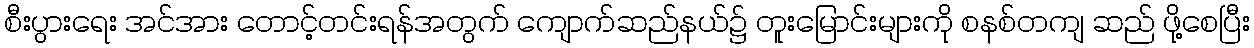
စီးပွားရေး အင်အား တောင့်တင်းရန်အတွက် ကျောက်ဆည်နယ်၌ တူးမြောင်းများကို စနစ်တကျ ဆည် ဖို့စေပြီး